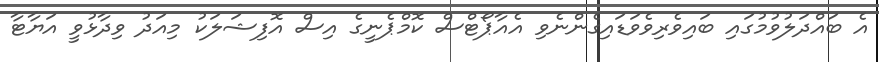
އެ ބައްދަލުވުމުގައި ބައިވެރިވެވަޑައިގެންނެވި އެއާޕޯޓްސް ކޮމްޕެނީގެ އިސް އޮފިޝަލަކު މިއަދު ވިދާޅުވީ އަޔާޓާ